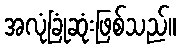
အလုံခြုံဆုံးဖြစ်သည်။